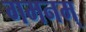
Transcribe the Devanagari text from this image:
गमनम्